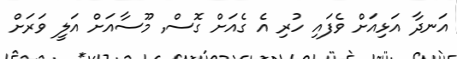
އަނދާ އަޅިއަށް ވެފައި ހުރި އެ ގެއަށް ގޮސް